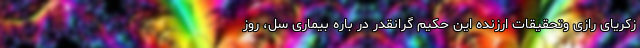
زکریای رازی وتحقیقات ارزنده این حکیم گرانقدر در باره بیماری سل، روز